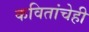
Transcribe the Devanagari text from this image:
कवितांचेही